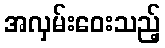
အလှမ်းဝေးသည့်